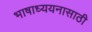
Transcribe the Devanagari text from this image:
भाषाध्ययनासाठी